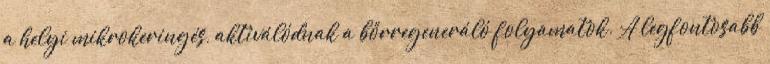
a helyi mikrokeringés, aktiválódnak a bőrregeneráló folyamatok. A legfontosabb